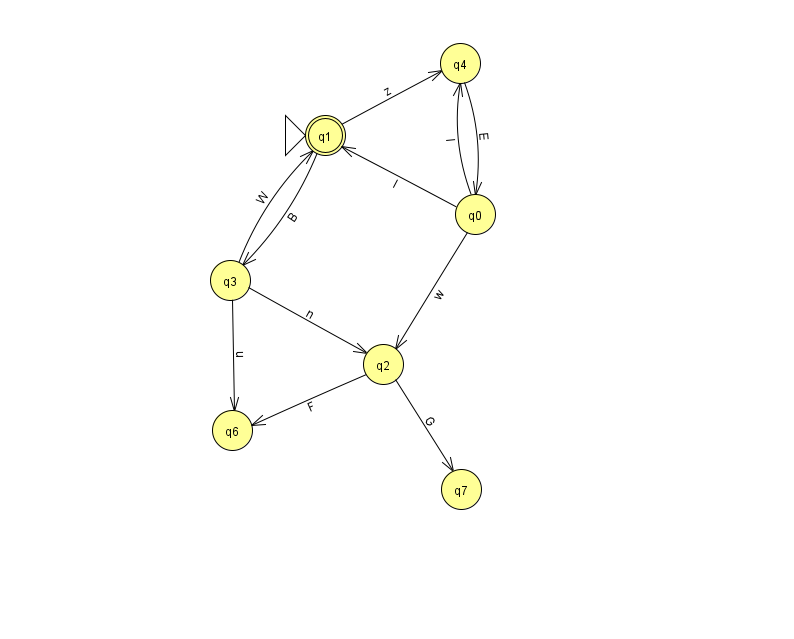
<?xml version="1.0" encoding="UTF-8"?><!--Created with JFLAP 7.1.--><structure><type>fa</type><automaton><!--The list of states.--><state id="0" name="q0"><x>475.0</x><y>201.0</y></state><state id="1" name="q1"><x>325.0</x><y>122.0</y><initial/><final/></state><state id="2" name="q2"><x>383.0</x><y>351.0</y></state><state id="3" name="q3"><x>230.0</x><y>267.0</y></state><state id="4" name="q4"><x>460.0</x><y>50.0</y></state><state id="6" name="q6"><x>232.0</x><y>417.0</y></state><state id="7" name="q7"><x>461.0</x><y>476.0</y></state><!--The list of transitions.--><transition><from>3</from><to>2</to><read>n</read></transition><transition><from>3</from><to>6</to><read>u</read></transition><transition><from>0</from><to>2</to><read>w</read></transition><transition><from>2</from><to>7</to><read>G</read></transition><transition><from>4</from><to>0</to><read>E</read></transition><transition><from>0</from><to>1</to><read>I</read></transition><transition><from>1</from><to>4</to><read>z</read></transition><transition><from>2</from><to>6</to><read>F</read></transition><transition><from>3</from><to>1</to><read>W</read></transition><transition><from>1</from><to>3</to><read>B</read></transition><transition><from>0</from><to>4</to><read>l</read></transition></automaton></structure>